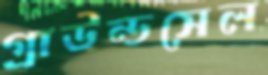
গ্রাউন্ডসেল